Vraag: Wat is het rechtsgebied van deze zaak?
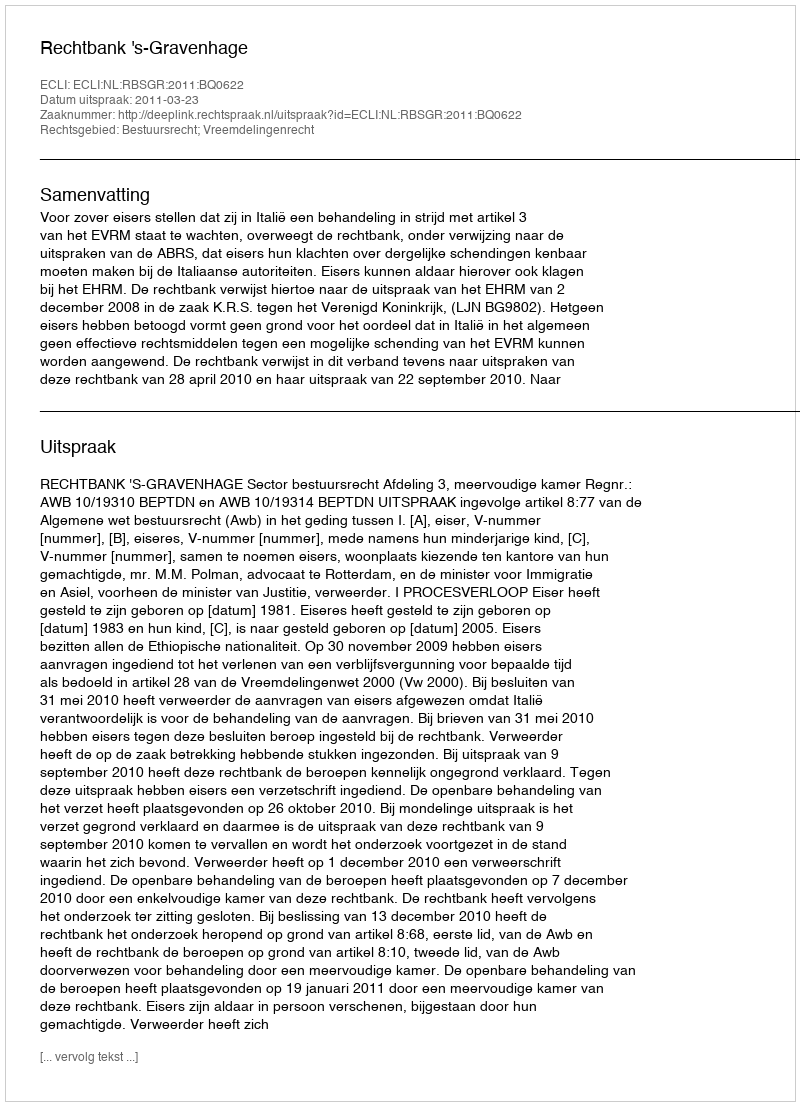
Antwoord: Bestuursrecht; Vreemdelingenrecht